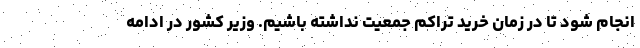
انجام شود تا در زمان خرید تراکم جمعیت نداشته باشیم. وزیر کشور در ادامه